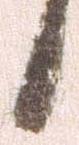
候